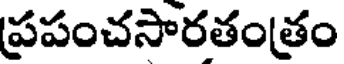
ప్రపంచసారతంత్రం